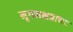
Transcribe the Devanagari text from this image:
मृगनक्षत्राच्या